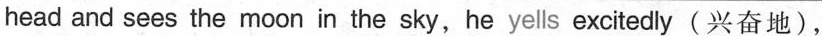
head and sees the moon in the sky,he yells excitedly(兴奋地),